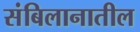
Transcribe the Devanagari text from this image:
संबिलानातील